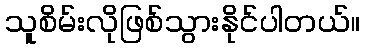
သူစိမ်းလိုဖြစ်သွားနိုင်ပါတယ်။